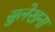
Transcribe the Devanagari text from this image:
सुलेखना